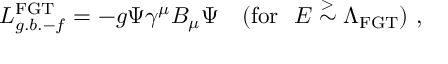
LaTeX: { \cal { L } } _ { g . b . - f } ^ { \mathrm { F G T } } = - g \Psi \gamma ^ { \mu } B _ { \mu } \Psi ~ ~ ~ ( \mathrm { f o r } ~ ~ E \stackrel { > } { \sim } \Lambda _ { \mathrm { F G T } } ) ~ ,